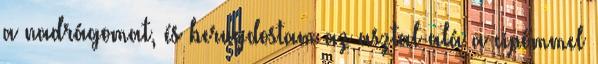
a nadrágomat, és berugdostam az asztal alá a cipőmmel